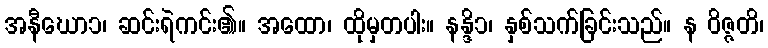
အနီဃော၁၊ ဆင်းရဲကင်း၏။ အထော၊ ထိုမှတပါး။ နန္ဒိ၁၊ နှစ်သက်ခြင်းသည်။ န ဝိဇ္ဇတိ၊